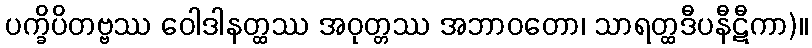
ပက္ခိပိတဗ္ဗဿ ဝေါဒါနတ္ထဿ အဝုတ္တဿ အဘာဝတော၊ သာရတ္ထဒီပနီဋီကာ)။